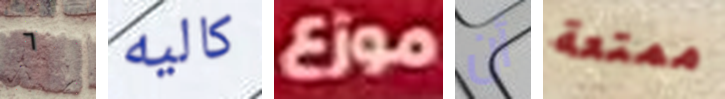
٦ كاليه موزع أن ممتعة